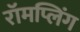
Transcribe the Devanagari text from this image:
रॉमप्लिंग